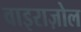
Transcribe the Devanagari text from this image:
वाइराज़ोल